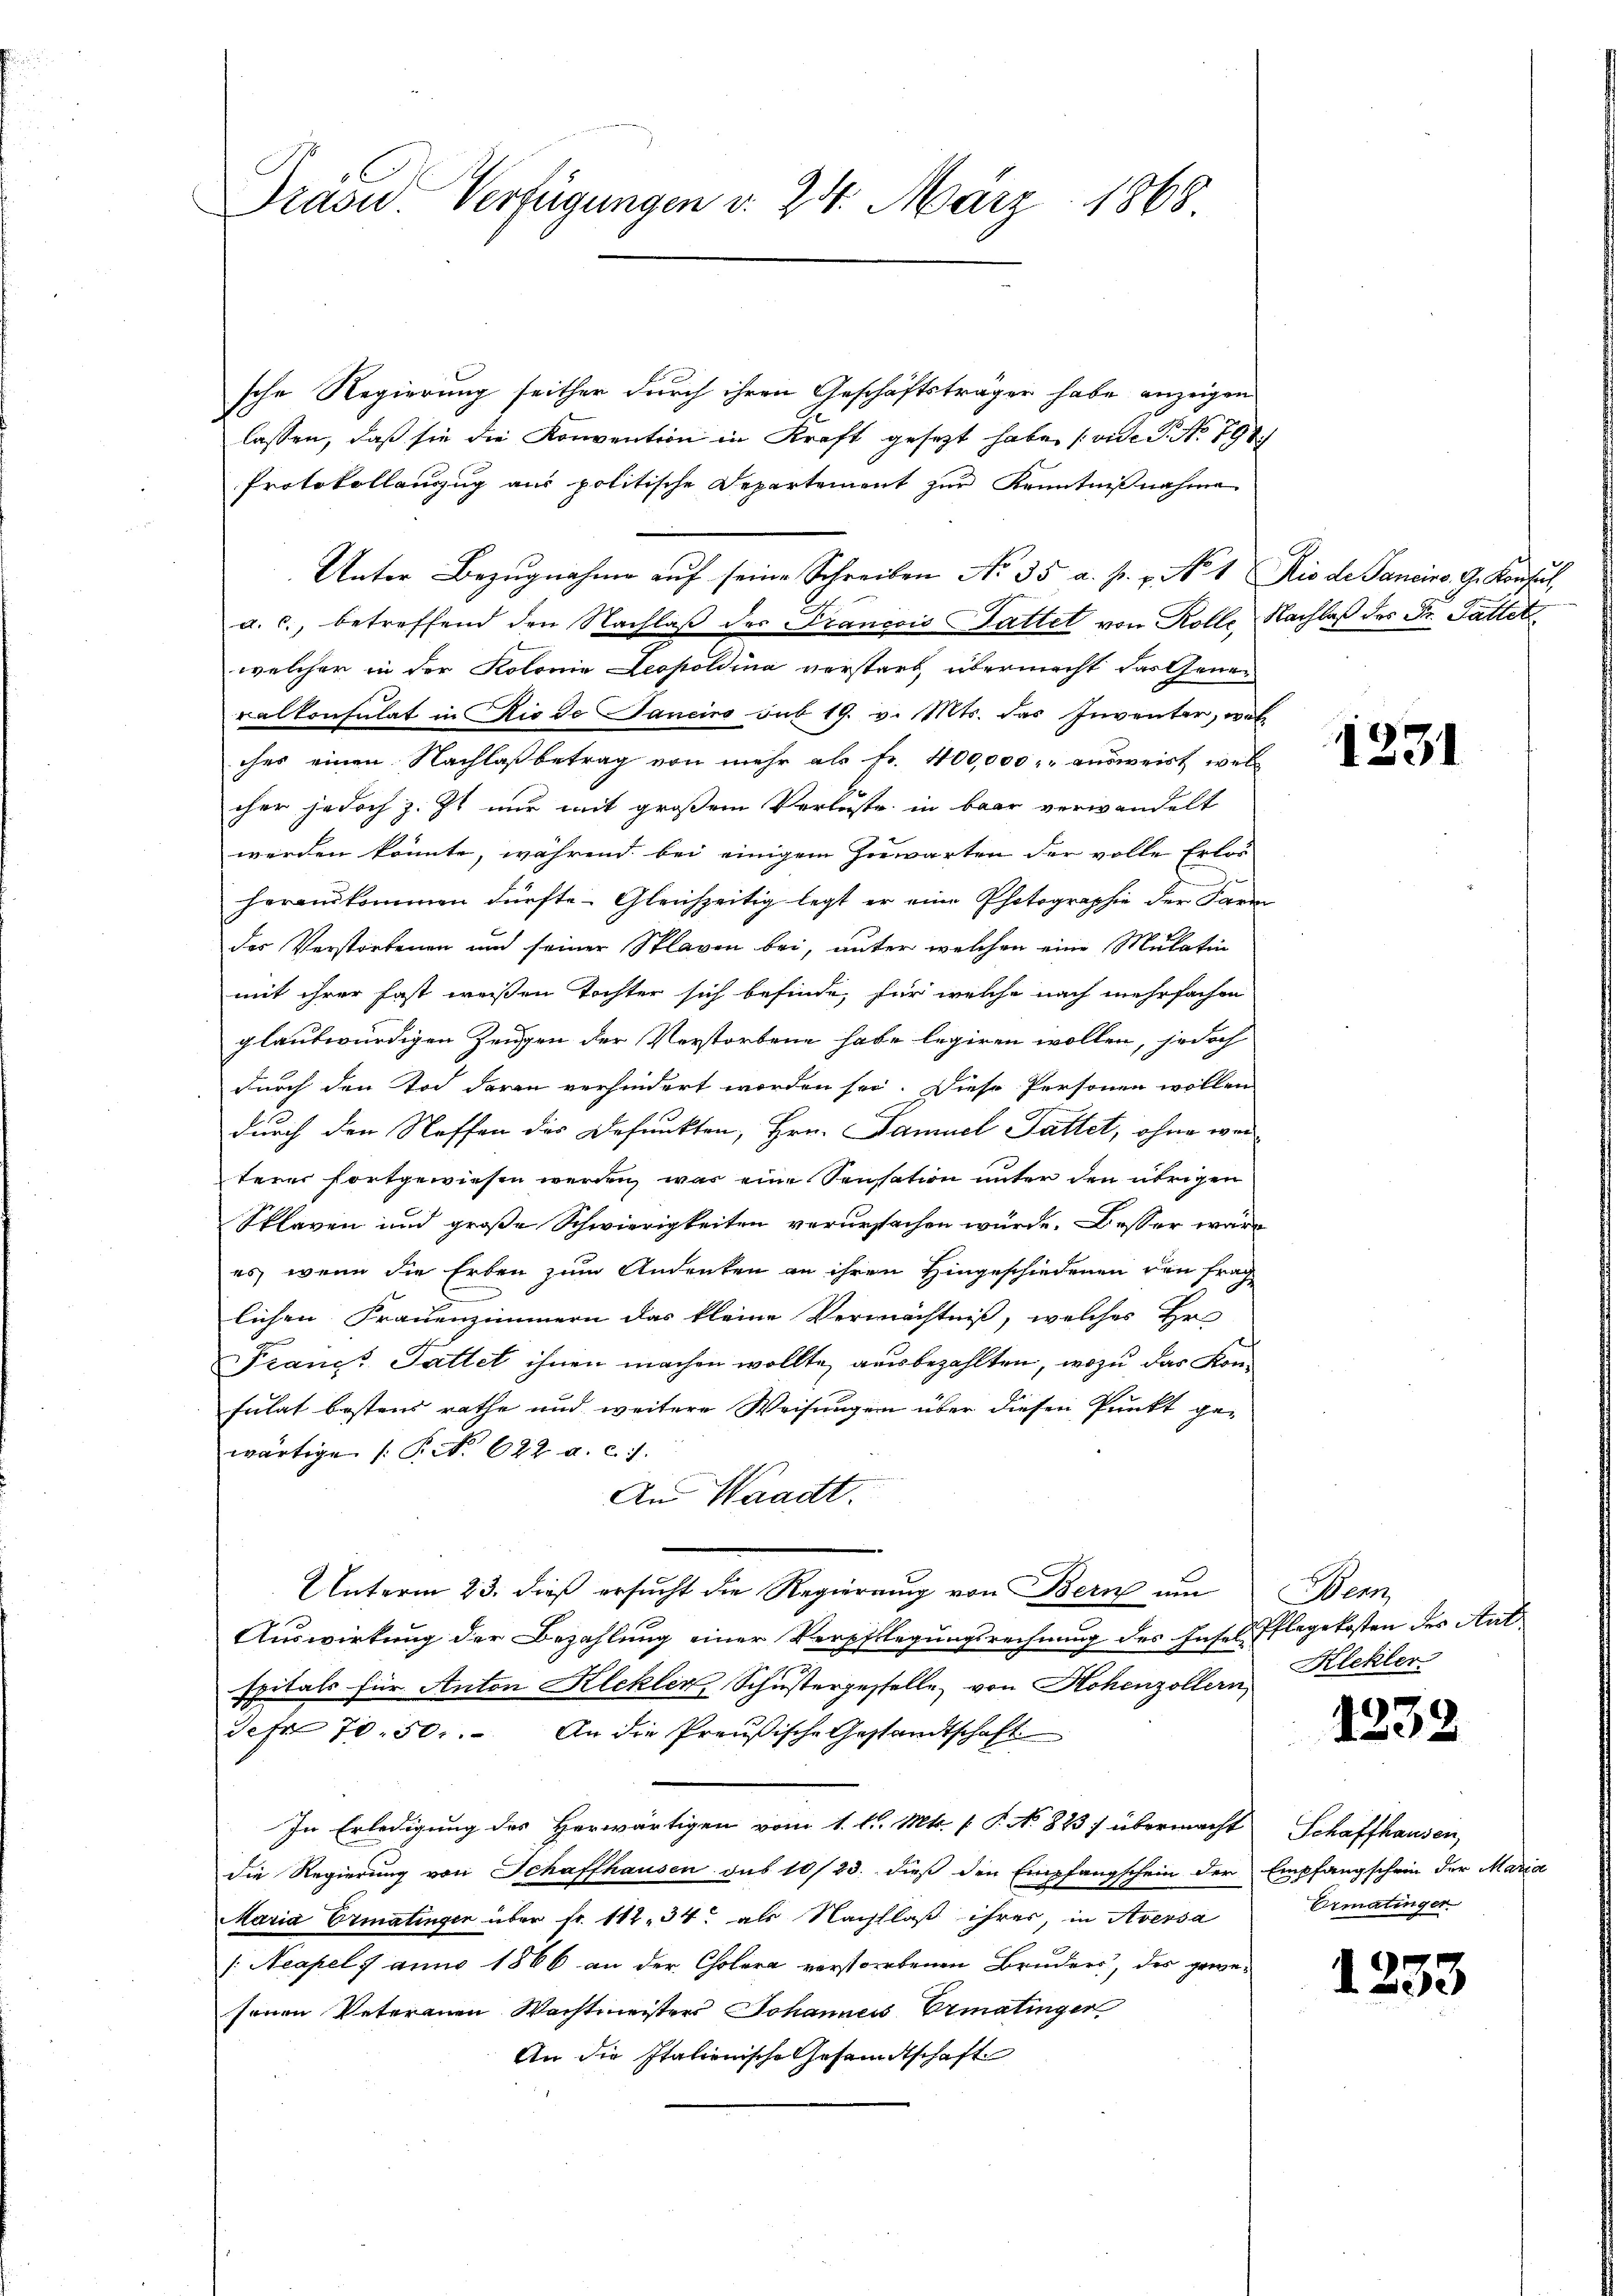
Prasw. Verfügungen d. 24. März 1868.

sche Regierung seither durch ihren Geschäftsträger habe anzeigen
lassen, daß sie die Konvention in Kraft gesezt habe. (vide P. Nr. 791
Protokollanzug aus politische Departement zur Kenntnißnahme
Unter Bezŭgnahme aŭf seine Schreiben No 35 a. p. v. No 1 Rio de Sancins. G. Konsul
a. c., betreffend den Nachlaβ der Francois Gattet von Rolle, Nachlaß des Fr. Fattet
welcher in der Kolonia Leopoldina verstarb, übermacht das Generalkonsulat in Rio de Janeiro sub 19. v. Mts. das Inventar, wel
ches einen Nachlaßbetrag von mehr als fr. 400,000 ausweist, welcher jedoch z. Zt. nur mit großem Verluste in baar verwandelt
werden könnte, während bei einigem Herwarten der volle Erlos
herauskommen dürfte. Gleichzeitig legt er eine Photographie der Farm
der Verstorbenen und seiner Sklaven bei, unter welchen eine Mulation
mit ihrer fast weißen Tochter sich befinde, für welche nach mehrfachen
glaubwürdigen Zeugen der Verstorbene habe legiren wollen, jedoch
durch den Tod daran verhindert worden sei. Diese Personen wollen
durch den Neffen des Defunkten, Hrn. Samuel Fattet, ohne wei
terer fortgewiesen werden, was eine Sensation unter den übrigen
Sklaven und große Schwierigkeiten verursachen würde. Besser wäres, wenn die Erben zum Andeuten an ihren Hingeschiedenen den frag
lichen Frauenzimmern das kleine Vermächtniß, welches Hr
Franz. Sattet ihnen machen wollte, ausbezahlten, wozu das Konsulat bestens rathe und weitere Weisungen über diesen Punkt ge-
wärtige /: P. N. 622. a. c. 7.
An Waadt.
Unterm 23. dieß ersucht die Regierung von Bern um
Auswirkung der Bezahlung einer Verpflegungsrechnung des Insel Pflegekosten der Aut
spitals für Anton Klekler, Schustergestelle, von Hohenzollern Klekler
Sefr 70. 50. An die Preußische Gestandtschaft
In Erledigung des Herwärtigen vom 1. l. Mts. (T. No. 823) übermacht
die Regierung von Schaffhausen sub 10/23. dieß den Empfangschein der Empfangschein der Maria
Maria Ermatinger über fr. 112, 34 als Nachlaß ihres, in Aversa
/. Neapel 7 anno 1866 an der Cholera verstorbenen Bruders, des gewe-
senen Veterauen Wachtmeisters Johannes Ermatinger
An die Italienische Gesandtschaft

1331

Bern,

1338

Schaffhausen,
Ermatinger

1233